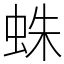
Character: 蛛